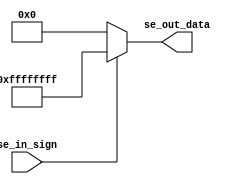
`timescale 1ns / 1ps
//////////////////////////////////////////////////////////////////////////////////
// Company: 
// Engineer: 
// 
// Design Name: 
// Module Name: Sign_Extender
// Project Name: 
// Target Devices: 
// Tool Versions: 
// Description: 
// 
// Dependencies: 
// 
// Revision:
// Revision 0.01 - File Created
// Additional Comments:
// 
//////////////////////////////////////////////////////////////////////////////////


module Sign_Extender(
 input  se_in_sign,
 output reg [31:0] se_out_data
    );
    // SE
    //se_in
    //32,se_out
    //
 //*******************************************loginc Implementation***********************************************//
    always@(*)
        if(se_in_sign==1'b1)
            se_out_data<=32'hffff_ffff;
        else
            se_out_data<=32'h0000_0000;
endmodule